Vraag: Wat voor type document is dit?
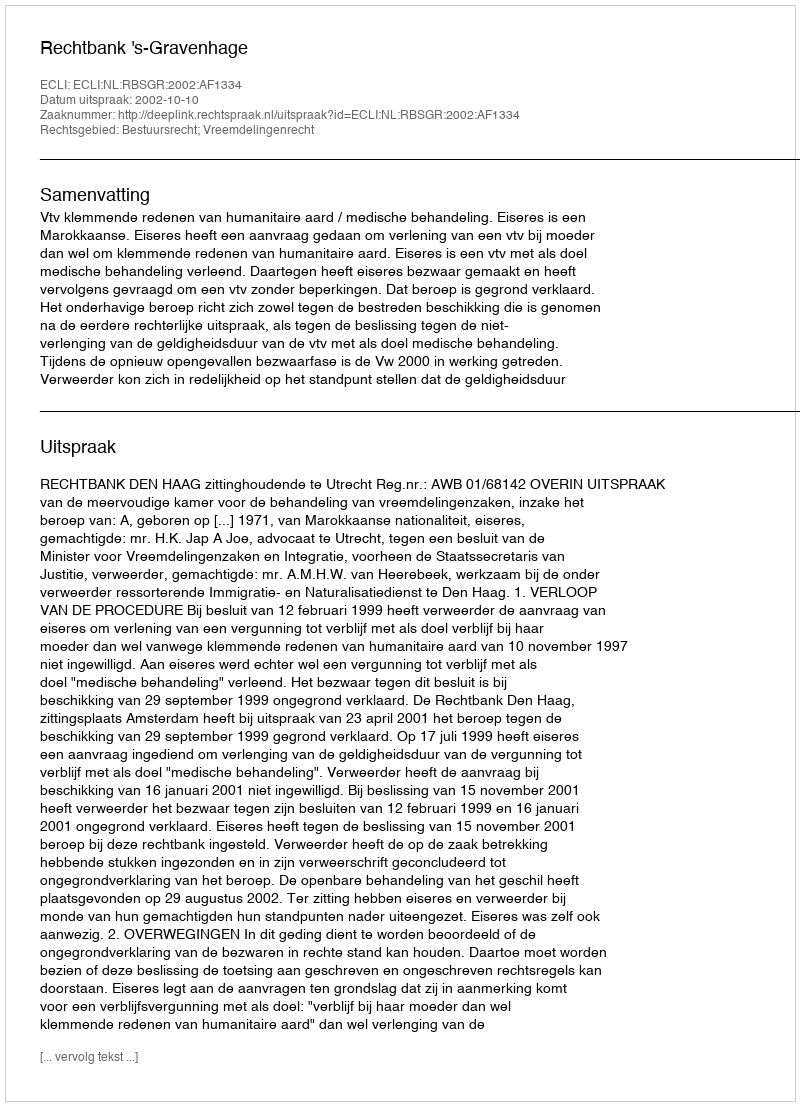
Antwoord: Uitspraak